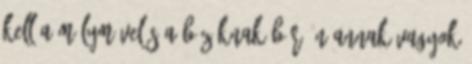
kell a mélyművelés a búzáknak Bár én annak vagyok